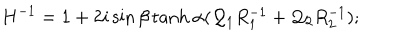
H ^ { - 1 } = 1 + 2 i \sin \beta \tanh \alpha ( { \cal Q } _ { 1 } R _ { 1 } ^ { - 1 } + { \cal Q } _ { 2 } R _ { 2 } ^ { - 1 } ) ;